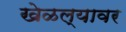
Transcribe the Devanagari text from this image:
खेळल्यावर